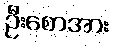
ဦးစောအား